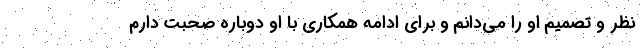
نظر و تصمیم او را می‌دانم و برای ادامه همکاری با او دوباره صحبت دارم